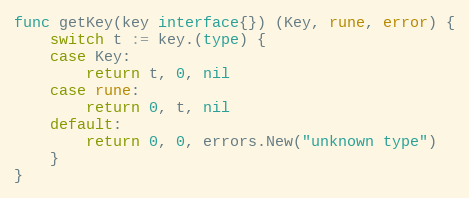
Language: Go
func getKey(key interface{}) (Key, rune, error) {
	switch t := key.(type) {
	case Key:
		return t, 0, nil
	case rune:
		return 0, t, nil
	default:
		return 0, 0, errors.New("unknown type")
	}
}